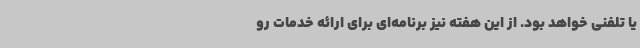
یا تلفنی خواهد بود. از این هفته نیز برنامه‌ای برای ارائه خدمات رو